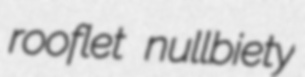
rooflet nullbiety